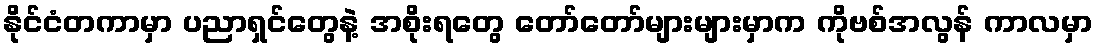
နိုင်ငံတကာမှာ ပညာရှင်တွေနဲ့ အစိုးရတွေ တော်တော်များများမှာက ကိုဗစ်အလွန် ကာလမှာ